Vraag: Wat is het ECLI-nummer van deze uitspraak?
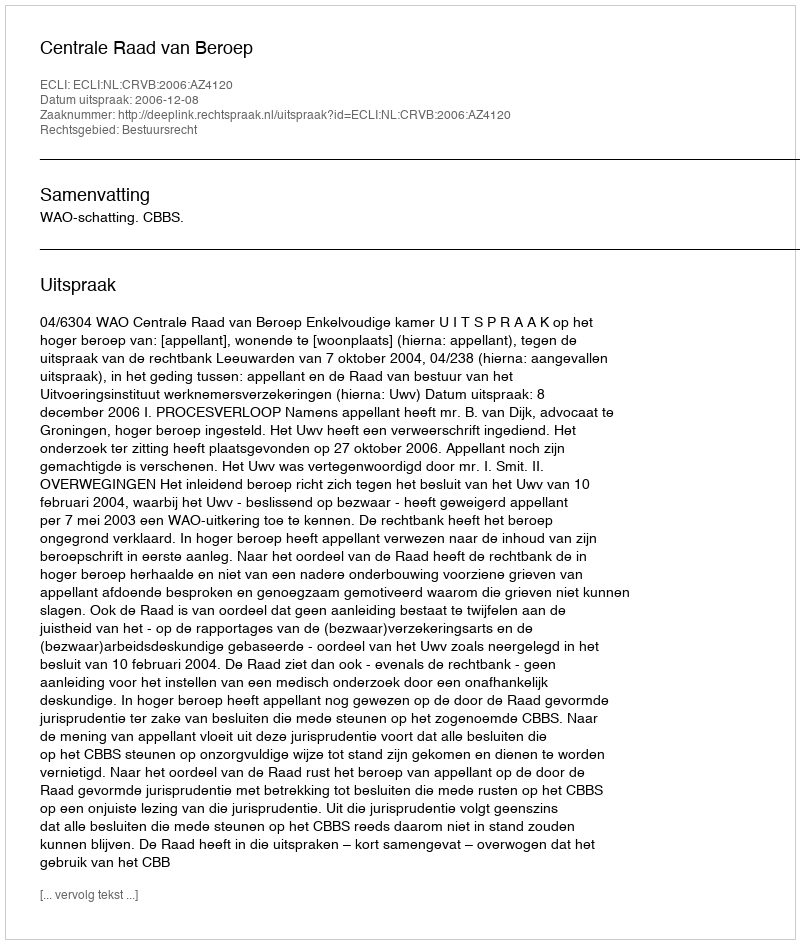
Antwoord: ECLI:NL:CRVB:2006:AZ4120